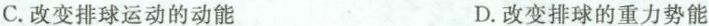
C.改变排球运动的动能 D.改变排球的重力势能